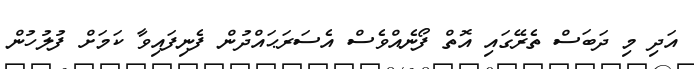
އަދި މި ދަބަސް ތެރޭގައި އޮތް ފޯނެއްވެސް އެސަރަޙައްދުން ފެނިފައިވާ ކަމަށް ފުލުހުން